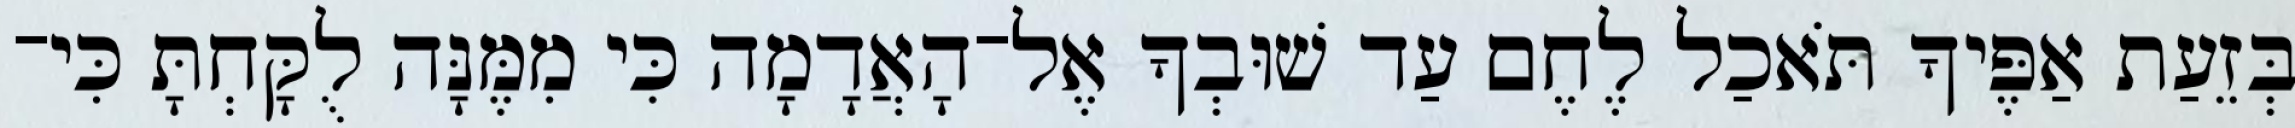
בְּזֵעַת אַפֶּיךָ תֹּאכַל לֶחֶם עַד שׁוּבְךָ אֶל־הָאֲדָמָה כִּי מִמֶּנָּה לֻקָּחְתָּ כִּי־